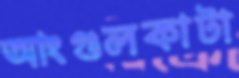
আংগুলকাটা